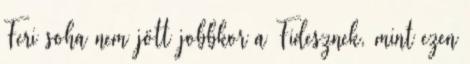
Feri soha nem jött jobbkor a Fidesznek, mint ezen